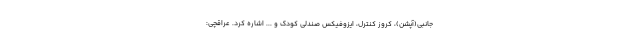
جانبی(آپشن)، کروز کنترل، ایزوفیکس صندلی کودک و ... اشاره کرد. عراقچی: